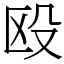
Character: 殴